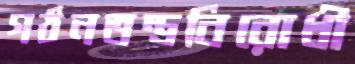
গঠনতন্ত্রবিরোধী